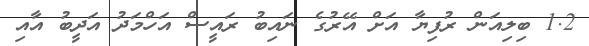
1.2 ބިލިއަން ރުފިޔާ އަށް އޭރުގެ ނައިބު ރައީސް އަހްމަދު އަދީބު އާއި